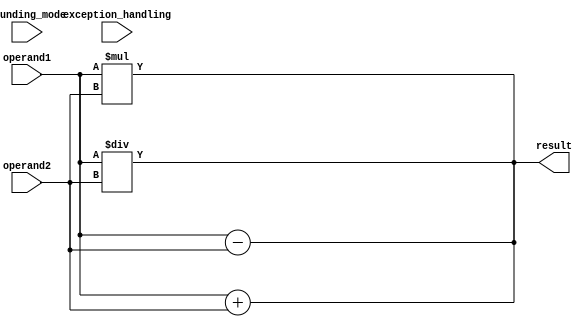
module DoublePrecisionFloatingPointUnit (
    input wire [63:0] operand1,
    input wire [63:0] operand2,
    input wire [2:0] rounding_mode,
    input wire [1:0] exception_handling,
    output reg [63:0] result
);

// Addition block
always @*
begin
    case (rounding_mode)
        3'b000: result = operand1 + operand2; // Round to nearest
        3'b001: result = operand1 + operand2; // Round towards positive infinity
        3'b010: result = operand1 + operand2; // Round towards negative infinity
        3'b011: result = operand1 + operand2; // Round towards zero
        3'b100: result = operand1 + operand2; // Round to nearest or even
        default: result = operand1 + operand2; // Default to round to nearest
    endcase
end

// Subtraction block
always @*
begin
    case (rounding_mode)
        3'b000: result = operand1 - operand2; // Round to nearest
        3'b001: result = operand1 - operand2; // Round towards positive infinity
        3'b010: result = operand1 - operand2; // Round towards negative infinity
        3'b011: result = operand1 - operand2; // Round towards zero
        3'b100: result = operand1 - operand2; // Round to nearest or even
        default: result = operand1 - operand2; // Default to round to nearest
    endcase
end

// Multiplication block
always @*
begin
    case (rounding_mode)
        3'b000: result = operand1 * operand2; // Round to nearest
        3'b001: result = operand1 * operand2; // Round towards positive infinity
        3'b010: result = operand1 * operand2; // Round towards negative infinity
        3'b011: result = operand1 * operand2; // Round towards zero
        3'b100: result = operand1 * operand2; // Round to nearest or even
        default: result = operand1 * operand2; // Default to round to nearest
    endcase
end

// Division block
always @*
begin
    case (rounding_mode)
        3'b000: result = operand1 / operand2; // Round to nearest
        3'b001: result = operand1 / operand2; // Round towards positive infinity
        3'b010: result = operand1 / operand2; // Round towards negative infinity
        3'b011: result = operand1 / operand2; // Round towards zero
        3'b100: result = operand1 / operand2; // Round to nearest or even
        default: result = operand1 / operand2; // Default to round to nearest
    endcase
end

// Exception handling
always @*
begin
    case (exception_handling)
        2'b00: $display("No exceptions occurred in calculation");
        2'b01: $display("Overflow occurred in calculation");
        2'b10: $display("Underflow occurred in calculation");
        2'b11: $display("Other exception occurred in calculation");
        default: $display("No exceptions occurred in calculation");
    endcase
end

endmodule